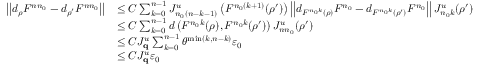
\begin{array} { r l } { \left| \left| d _ { \rho } F ^ { n n _ { 0 } } - d _ { \rho ^ { \prime } } F ^ { n n _ { 0 } } \right| \right| } & { \leq C \sum _ { k = 0 } ^ { n - 1 } J _ { n _ { 0 } ( n - k - 1 ) } ^ { u } \left( F ^ { n _ { 0 } ( k + 1 ) } ( \rho ^ { \prime } ) \right) \left| \left| d _ { F ^ { n _ { 0 } k } ( \rho ) } F ^ { n _ { 0 } } - d _ { F ^ { n _ { 0 } k } ( \rho ^ { \prime } ) } F ^ { n _ { 0 } } \right| \right| J _ { n _ { 0 } k } ^ { u } ( \rho ^ { \prime } ) } \\ & { \leq C \sum _ { k = 0 } ^ { n - 1 } d \left( F ^ { n _ { 0 } k } ( \rho ) , F ^ { n _ { 0 } k } ( \rho ^ { \prime } ) \right) J _ { n n _ { 0 } } ^ { u } ( \rho ^ { \prime } ) } \\ & { \leq C J _ { \mathbf { q } } ^ { u } \sum _ { k = 0 } ^ { n - 1 } \theta ^ { \operatorname* { m i n } ( k , n - k ) } \varepsilon _ { 0 } } \\ & { \leq C J _ { \mathbf { q } } ^ { u } \varepsilon _ { 0 } } \end{array}